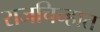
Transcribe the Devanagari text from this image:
राजचिन्हात